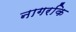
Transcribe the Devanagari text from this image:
नागरकि